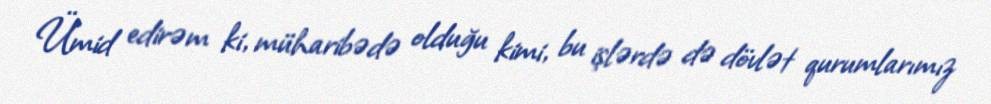
Ümid edirəm ki, müharibədə olduğu kimi, bu işlərdə də dövlət qurumlarımız